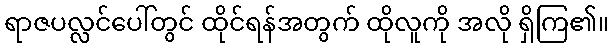
ရာဇပလ္လင်ပေါ်တွင် ထိုင်ရန်အတွက် ထိုလူကို အလို ရှိကြ၏။